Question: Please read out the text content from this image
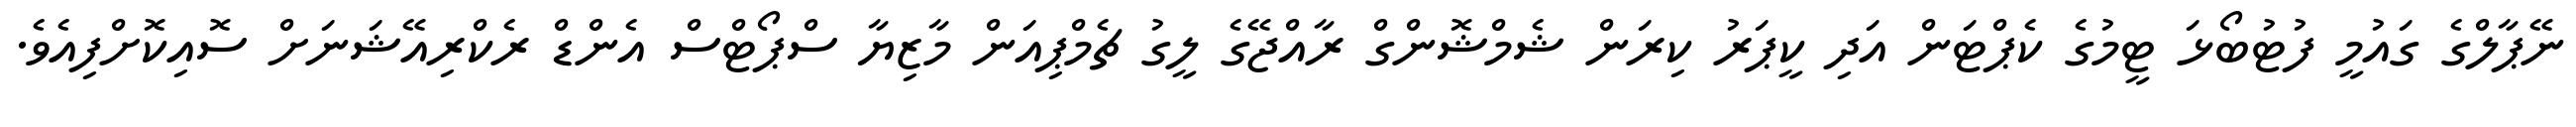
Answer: ނޭޕާލްގެ ގައުމީ ފުޓުބޯޅަ ޓީމުގެ ކެޕްޓަން އަދި ކީޕަރު ކިރަން ޝެމްޝޮންގް ރާއްޖޭގެ ލީގު ޗެމްޕިއަން މާޒިޔާ ސްޕޯޓްސް އެންޑް ރެކްރިއޭޝަނަށް ސޮއިކޮށްފިއެވެ.